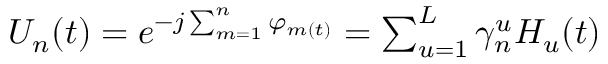
\begin{array} { r } { U _ { n } ( t ) = e ^ { - j \sum _ { m = 1 } ^ { n } \varphi _ { m ( t ) } } = \sum _ { u = 1 } ^ { L } { \gamma _ { n } ^ { u } H _ { u } ( t ) } } \end{array}